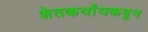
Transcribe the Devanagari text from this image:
शेतकर्यांयकडून